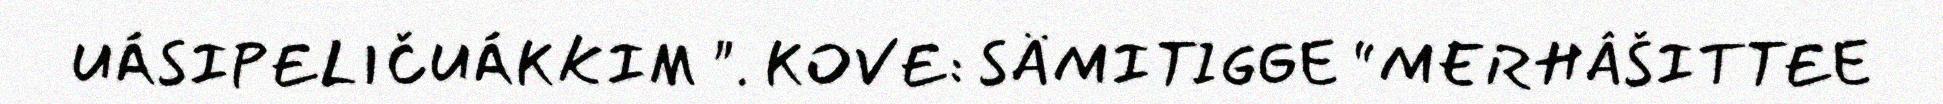
UÁSIPELIČUÁKKIM ". KOVE: SÄMITIGGE “MERHÂŠITTEE